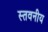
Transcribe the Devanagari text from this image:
स्तवनीय